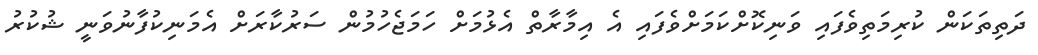
ދަތިތަކަން ކުރިމަތިވެފައި ވަނިކޮށްކަމަށްވެފައި އެ އިމާރާތް އެޅުމަށް ހަމަޖެހުމުން ސަރުކާރަށް އެމަނިކުފާނުވަނީ ޝުކުރު